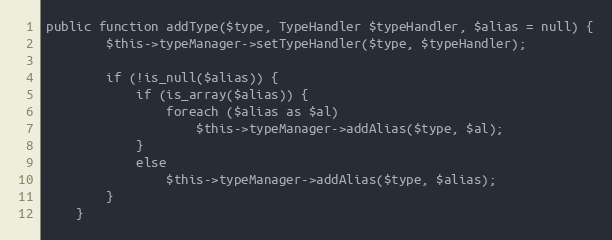
Language: PHP
public function addType($type, TypeHandler $typeHandler, $alias = null) {
		$this->typeManager->setTypeHandler($type, $typeHandler);

		if (!is_null($alias)) {
			if (is_array($alias)) {
				foreach ($alias as $al)
					$this->typeManager->addAlias($type, $al);
			}
			else
				$this->typeManager->addAlias($type, $alias);
		}
	}